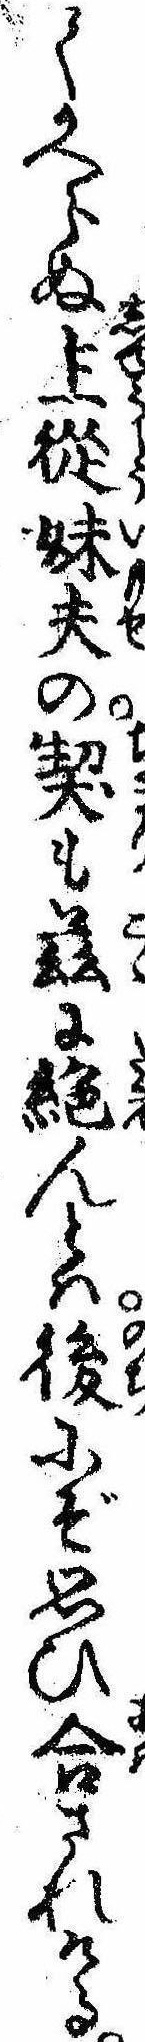
てかへらぬ主従妹夫の契も茲に絶んとは後にぞ思ひ合されける